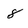
Character: 8